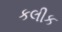
કલીક